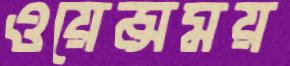
ওয়েন্সময়